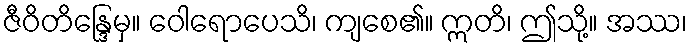
ဇီဝိတိန္ဒြေမှ။ ဝေါရောပေသိ၊ ကျစေ၏။ ဣတိ၊ ဤသို့။ အဿ၊